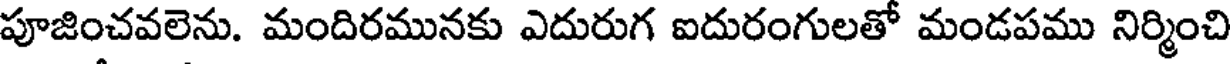
పూజించవలెను. మందిరమునకు ఎదురుగ ఐదురంగులతో మండపము నిర్మించి